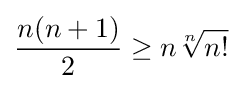
{\frac {n(n+1)}{2}}\geq n{\sqrt[{n}]{n!}}